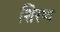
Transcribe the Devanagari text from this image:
शिरष्य